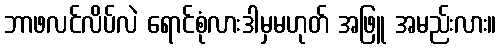
ဘာဖလင်လိပ်လဲ ရောင်စုံလားဒါမှမဟုတ် အဖြူ အမည်းလား။